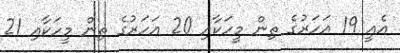
އެއީ 19 އަހަރުގެ ތިން މީހަކާއި 20 އަހަރުގެ ތިން މީހަކާއި 21